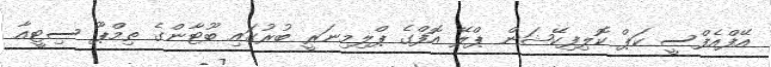
އޭފްއެފްސީ ކަޕް ކޮލިފިކޭޝަން ޕްލޭ އޮފްގެ ޕްލިމިނަރީ ބުރުގައި ބޫޓާންގެ ތިމްޕޫ ސިޓީއާ